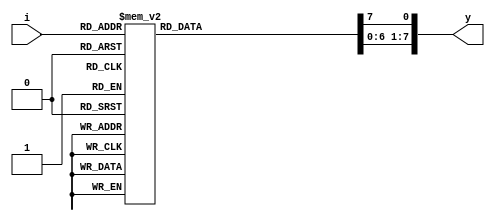
module decoder3_8(input [2:0] i,
   	          output reg[7:0] y);
	always@(i)
		begin
		y=0;
			case(i)	
					3'b000 : y[0] = 1'b1;
					3'b001 : y[1] = 1'b1;
					3'b010 : y[2] = 1'b1;
					3'b011 : y[3] = 1'b1;
					3'b100 : y[4] = 1'b1;
					3'b101 : y[5] = 1'b1;
					3'b110 : y[6] = 1'b1;
					3'b111 : y[7] = 1'b1;
			endcase
		end	
endmodule